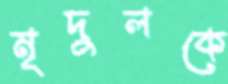
মৃদুলকে